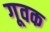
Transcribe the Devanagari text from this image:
गूवक